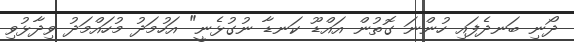
ދޯނި ބަނދެފައި ހުންނަ ގޮތުން އައްޑޫ ކަނޑާ ނުގުޅެނީ" އަހުމަދު މުހައްމަދު ވިދާޅުވި